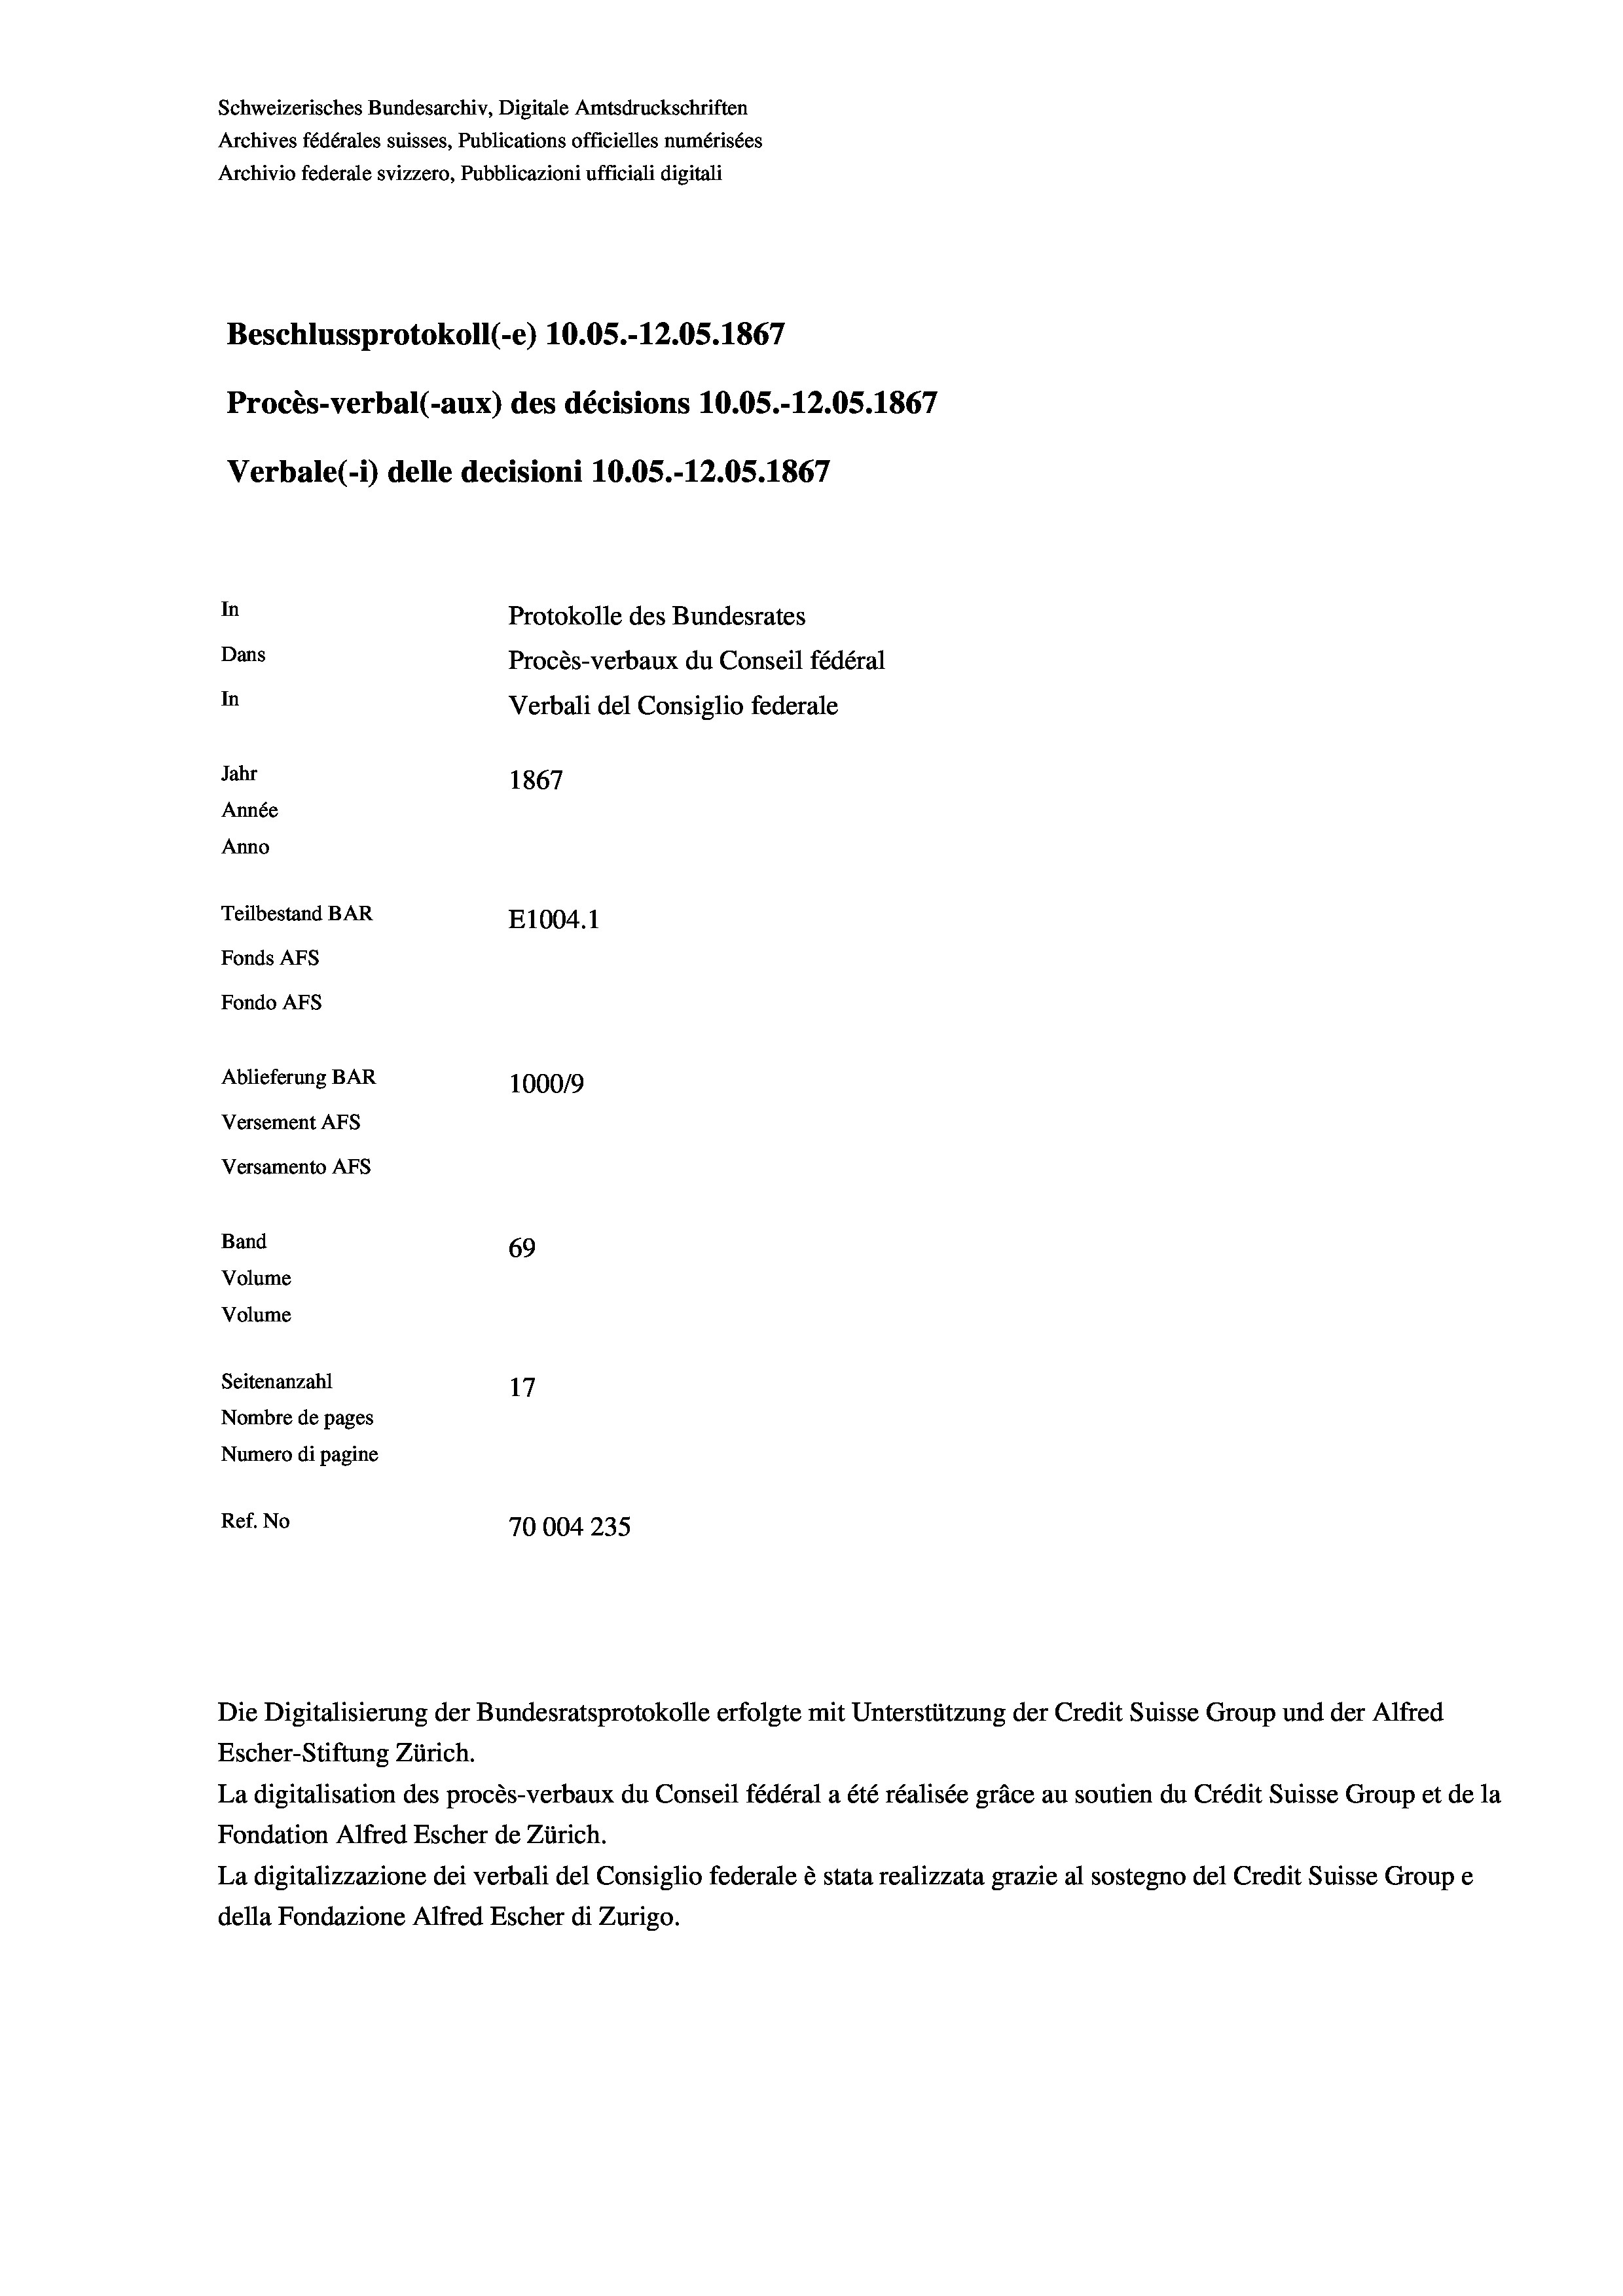
Schweizerisches Bundesarchiv, Digitale Amtsdruckschriften
Archives fédérales suisses, Publications officielles numérisées
Archivio federale svizzero, Pubblicazioni ufficiali digitali
Beschlussprotokoll (e) 10.05.-12.05. 1867
Procès-verbal (-aux) des décisions 10.05.-12.05. 1867
Verbale (- 1) delle decisioni 10.05.-12.05. 1867
In
Protokolle des Bundesrates
Dans
Procès-verbaux du Conseil fédéral
In
Verbali del Consiglio federale
Jahr
1867
Année
Anno
Teilbestand BAR
E1004.1
Fonds Afs
Fondo Afs
Ablieferung BAR
100019
Versement AFs
Versamento AFs
Band
69
Volume
Volume

Seitenanzahl
17
Nombre de pages
Numero di pagine
Ref. No
70004235

Escher-Stiftung Zürich.
La digitalisation des procès-verbaux du Conseil fédéral a été réalisée gräce au soutien du Crédit Suisse Group et de la
Fondation Alfred Escher de Zürich.
La digitalizzazione dei verbali del Consiglio federale è stata realizzata grazie al sostegno del Credit Suisse Groupe
della Fondazione Alfred Escher di Zurigo.

Die Digitalisierung der Bundesratsprotokolle erfolgte mit Unterstützung der Credit Suisse Group und der Alfred